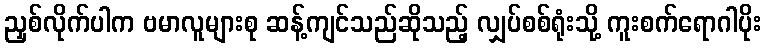
ညှစ်လိုက်ပါက ဗမာလူများစု ဆန့်ကျင်သည်ဆိုသည့် လျှပ်စစ်ရုံးသို့ ကူးစက်ရောဂါပိုး